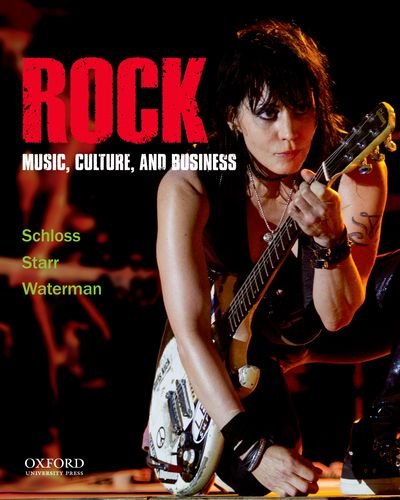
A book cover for Rock: Music, Culture, and Business; Joseph G. Schloss; Arts & Photography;